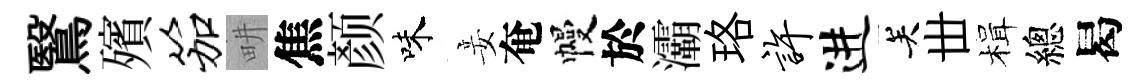
鷖殯笳畊焦颜味妾奄幔於灞珞许进关丗楫總曷